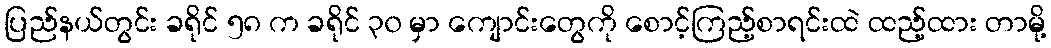
ပြည်နယ်တွင်း ခရိုင် ၅၈ က ခရိုင် ၃၀ မှာ ကျောင်းတွေကို စောင့်ကြည့်စာရင်းထဲ ထည့်ထား တာမို့